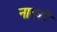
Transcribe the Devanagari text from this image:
नाएबी